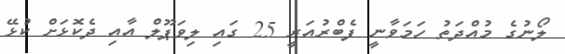
ލޯނުގެ މުއްދަތު ހަމަވާނީ ފެބްރުއަރީ 25 ގައި ލިވަޕޫލް އާއި ދެކޮޅަށް ކުޅޭ